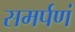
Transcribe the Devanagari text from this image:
समर्पणं